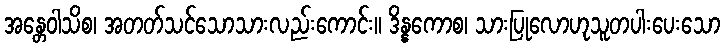
အန္တေဝါသိစ၊ အတတ်သင်သောသားလည်းကောင်း။ ဒိန္နကောစ၊ သားပြုလောဟုသူတပါးပေးသော